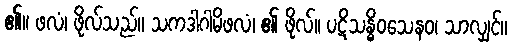
၏။ ဖလံ၊ ဖိုလ်သည်။ သကဒါဂါမိဖလံ၊ ၏ ဖိုလ်။ ပဋိသန္ဓိဝသေနဝ၊ သာလျှင်။